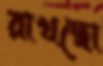
রাখছো